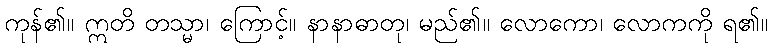
ကုန်၏။ ဣတိ တသ္မာ၊ ကြောင့်။ နာနာဓာတု၊ မည်၏။ လောကော၊ လောကကို ရ၏။